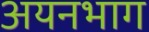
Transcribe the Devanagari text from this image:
अयनभाग